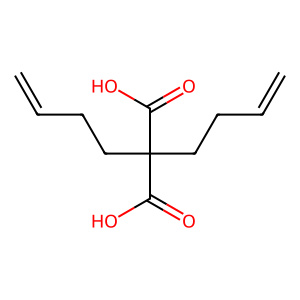
SMILES: C=CCCC(CCC=C)(C(=O)O)C(=O)O
Inhibits HIV replication: No